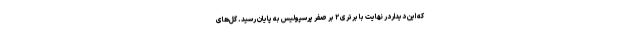
که این دیداردر نهایت با برتری ۲ بر صفر پرسپولیس به پایان رسید. گل‌های